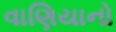
વાણિયાનો